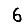
Digit: 6